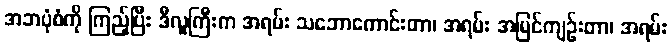
အဘပုံစံကို ကြည့်ပြီး ဒီလူကြီးက အရမ်း သဘောကောင်းတာ၊ အရမ်း အမြင်ကျဉ်းတာ၊ အရမ်း